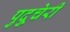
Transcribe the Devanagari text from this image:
पुदु्चेरी